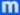
m